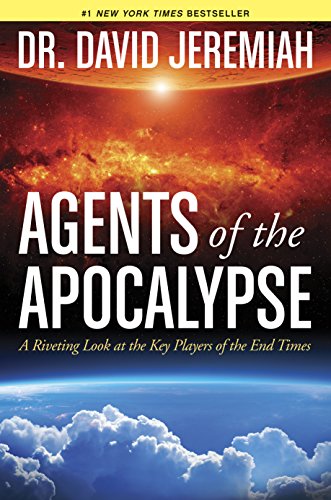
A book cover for Agents of the Apocalypse: A Riveting Look at the Key Players of the End Times; David Jeremiah; Christian Books & Bibles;